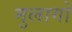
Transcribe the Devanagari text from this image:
मुलागो